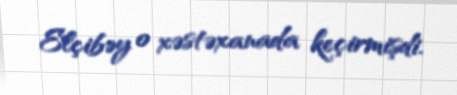
Elçibəy o xəstəxanada keçirmişdi.